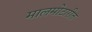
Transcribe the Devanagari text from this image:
मालमोटारीत